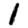
Digit: 1